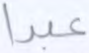
عبدا